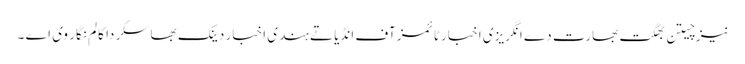
نیز چیتن بھگت بھارت دے انگریزی اخبار ٹائمز آف انڈیا تے ہندی اخبار دینک بھاسکر دا کالم نگار وی اے ۔